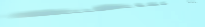
مدرسة النور الدولية   تعل